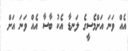
އެއް ވަނަ އަށްމެސީގެ ލަނޑާ އެކު ބާސާ އެއް ވަނަ އަށް